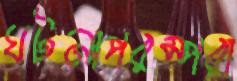
ঘটনাপরম্পরা